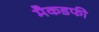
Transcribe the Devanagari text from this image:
मैकडफी